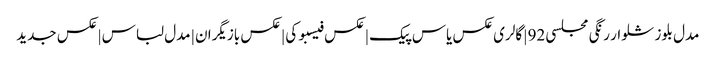
مدل بلوز شلوار رنگی مجلسی 92 | گالری عکس یاس پیک | عکس فیسبوکی | عکس بازیگران | مدل لباس | عکس جدید